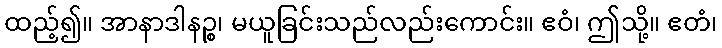
ထည့်၍။ အာနာဒါနဉ္စ၊ မယူခြင်းသည်လည်းကောင်း။ ဧဝံ၊ ဤသို့။ ဧတံ၊